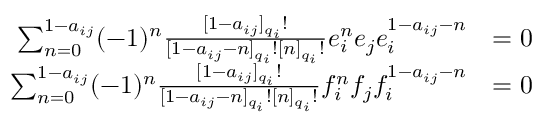
{ \begin{array} { r l } { \sum _ { n = 0 } ^ { 1 - a _ { i j } } ( - 1 ) ^ { n } { \frac { [ 1 - a _ { i j } ] _ { q _ { i } } ! } { [ 1 - a _ { i j } - n ] _ { q _ { i } } ! [ n ] _ { q _ { i } } ! } } e _ { i } ^ { n } e _ { j } e _ { i } ^ { 1 - a _ { i j } - n } } & { = 0 } \\ { \sum _ { n = 0 } ^ { 1 - a _ { i j } } ( - 1 ) ^ { n } { \frac { [ 1 - a _ { i j } ] _ { q _ { i } } ! } { [ 1 - a _ { i j } - n ] _ { q _ { i } } ! [ n ] _ { q _ { i } } ! } } f _ { i } ^ { n } f _ { j } f _ { i } ^ { 1 - a _ { i j } - n } } & { = 0 } \end{array} }